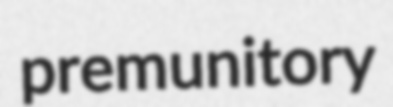
premunitory